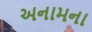
અનામના